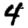
Digit: 4